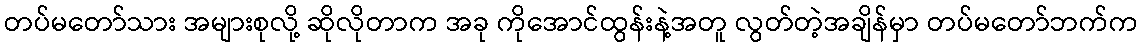
တပ်မတော်သား အများစုလို့ ဆိုလိုတာက အခု ကိုအောင်ထွန်းနဲ့အတူ လွတ်တဲ့အချိန်မှာ တပ်မတော်ဘက်က